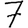
Digit: 7